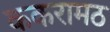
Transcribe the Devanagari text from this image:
ककरामठ